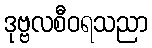
ဒုဗ္ဗလစီဝရသညာ